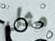
مثل